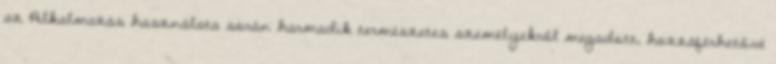
az Alkalmazás használata során harmadik természetes személyekről megadott, hozzáférhetővé